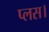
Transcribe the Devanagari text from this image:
प्लस।